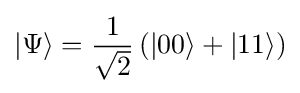
\left|\Psi \right\rangle ={\frac {1}{\sqrt {2}}}\left(|00\rangle +|11\rangle \right)